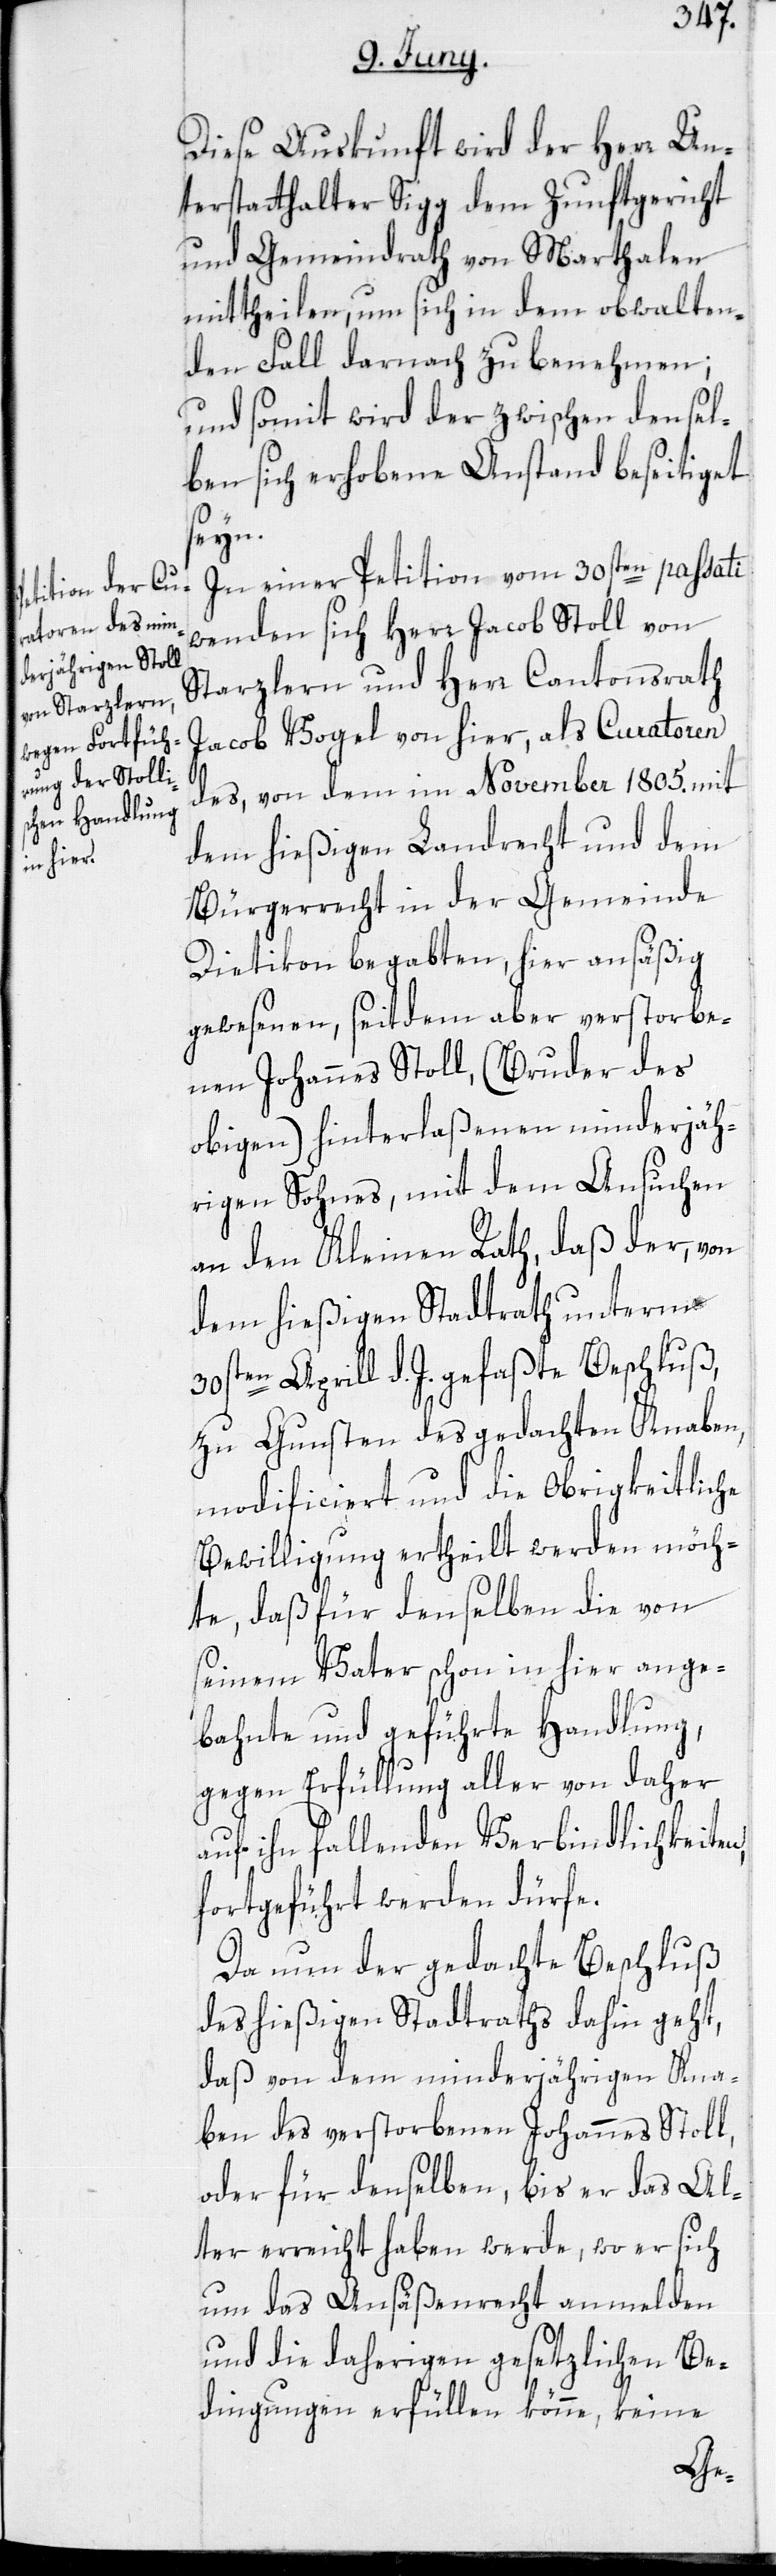
Diese Auskunft wird der Herr Un¬
terstatthalter Sigg dem Zunftgericht
und Gemeindrath von Marthalen
mittheilen, um sich in dem obwalten¬
den Fall darnach zu benehmen;
und somit wird der zwischen densel¬
ben sich erhobene Anstand beseitiget
seyn.
In einer Petiton vom 30sten passati
wenden sich Herr Jacob Stoll von
Starzlern und Herr Cantonsrath
Jacob Vogel von hier, als Curatoren
des, von dem im November 1805. mit
dem hießigen Landrecht und dem
Bürgerrecht in der Gemeinde
Dietikon begabten, hier ansäßig
gewesenen, seitdem aber verstorbe¬
nen Johannes Stoll, (Bruder des
obigen) hinterlaßenen minderjäh¬
rigen Sohnes, mit dem Ansuchen
an den Kleinen Rath, daß der, von
dem hießigen Stadtrath unterm
30sten Aprill d. J. gefaßte Beschluß,
zu Gunsten des gedachten Knaben,
modificiert und die Obrigkeitliche
Bewilligung ertheilt werden möch¬
te, daß für denselben die von
seinem Vater schon in hier ange¬
bahnte und geführte Handlung,
gegen Erfüllung aller von daher
auf ihn fallenden Verbindlichkeiten,
fortgeführt werden dürfe.
Da nun der gedachte Beschluß
des hießigen Stadtraths dahin geht,
daß von dem minderjährigen Kna¬
ben des verstorbenen Johannes Stoll,
oder für denselben, bis er das Al¬
ter erreicht haben werde, wo er sich
um das Ansäßenrecht anmelden
und die daherigen gesetzlichen Be¬
dingungen erfüllen könne, keine